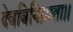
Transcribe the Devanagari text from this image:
देवविनिम्र्मता।।